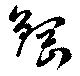
鋼